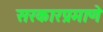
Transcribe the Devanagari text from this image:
सरकारप्रमाणे